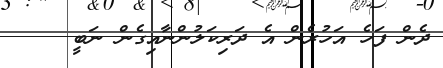
ދެން ފަހެ އަހުރެން އެ ދަރިކަލުންނާއިގެން ނަބީ